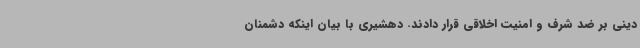
دینی بر ضد شرف و امنیت اخلاقی قرار دادند. دهشیری با بیان اینکه دشمنان